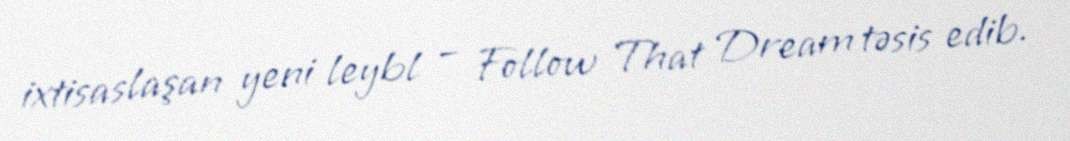
ixtisaslaşan yeni leybl – Follow That Dream təsis edib.